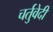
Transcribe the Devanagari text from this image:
चर्तुवेदी